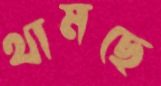
থামছে